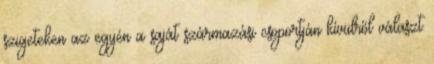
szigeteken az egyén a saját származási csoportján kívülről választ